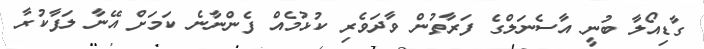
ގާޑިއޯލާ ބުނީ އާސެނަލްގެ ފަރާތުން ވާދަވެރި ކުޅުމެއް ފެންނާނެ ކަމަށް އޭނާ ލަފާކުރާ